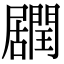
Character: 𨶽